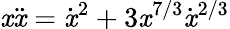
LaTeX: \mathit{x}\ddot{{\mathit{x}}}=\dot{{\mathit{x}}}^{2}+3\mathit{x}^{7/3}\dot{{\mathit{x}}}^{2/3}